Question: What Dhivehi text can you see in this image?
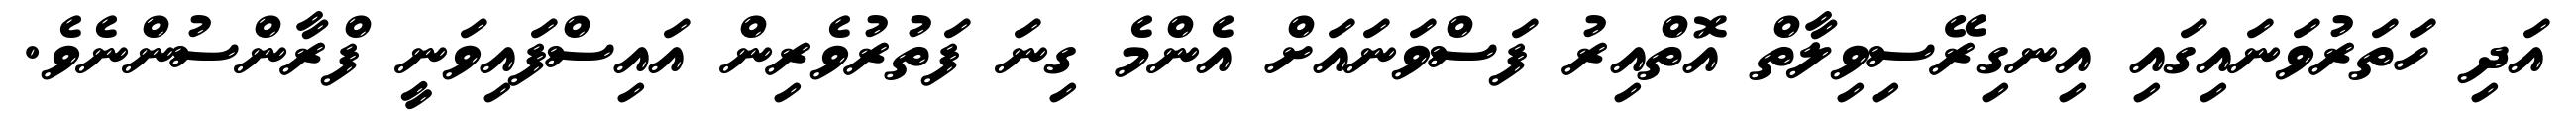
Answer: އަދި ހަތަރުވަނައިގައި އިނގިރޭސިވިލާތް އޮތްއިރު ފަސްވަނައަށް އެންމެ ގިނަ ފަތުރުވެރިން އައިސްފައިވަނީ ފްރާންސުންނެވެ.